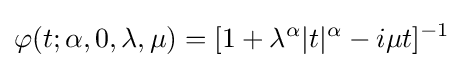
\varphi (t;\alpha ,0,\lambda ,\mu )=[1+\lambda ^{\alpha }|t|^{\alpha }-i\mu t]^{-1}